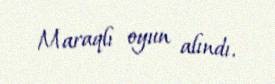
Maraqlı oyun alındı.